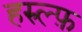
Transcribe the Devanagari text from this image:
हरुल्फ़